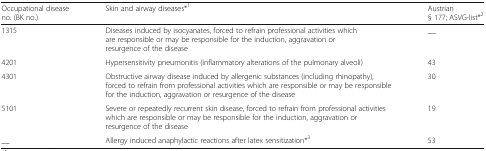
<table><thead><tr><td><b>Occupational disease no. (BK no.)</b></td><td><b>Skin and airway diseases*<sup>1</sup></b></td><td><b>Austrian§ 177; ASVG-list*<sup>2</sup></b></td></tr></thead><tbody><tr><td>1315</td><td>Diseases induced by isocyanates, forced to refrain professional activities which are responsible or may be responsible for the induction, aggravation or resurgence of the disease</td><td>__</td></tr><tr><td>4201</td><td>Hypersensitivity pneumonitis (inflammatory alterations of the pulmonary alveoli)</td><td>43</td></tr><tr><td>4301</td><td>Obstructive airway disease induced by allergenic substances (including rhinopathy), forced to refrain from professional activities which are responsible or may be responsible for the induction, aggravation or resurgence of the disease</td><td>30</td></tr><tr><td>5101</td><td>Severe or repeatedly recurrent skin disease, forced to refrain from professional activities which are responsible or may be responsible for the induction, aggravation or resurgence of the disease</td><td>19</td></tr><tr><td>__</td><td>Allergy induced anaphylactic reactions after latex sensitization*<sup>3</sup></td><td>53</td></tr></tbody></table>